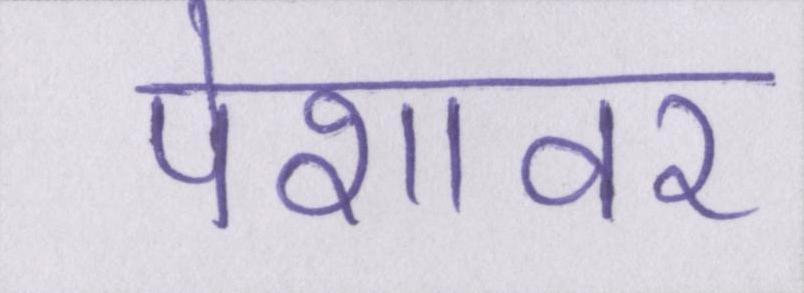
पेशावर